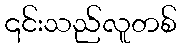
၎င်းသည်လူတစ်